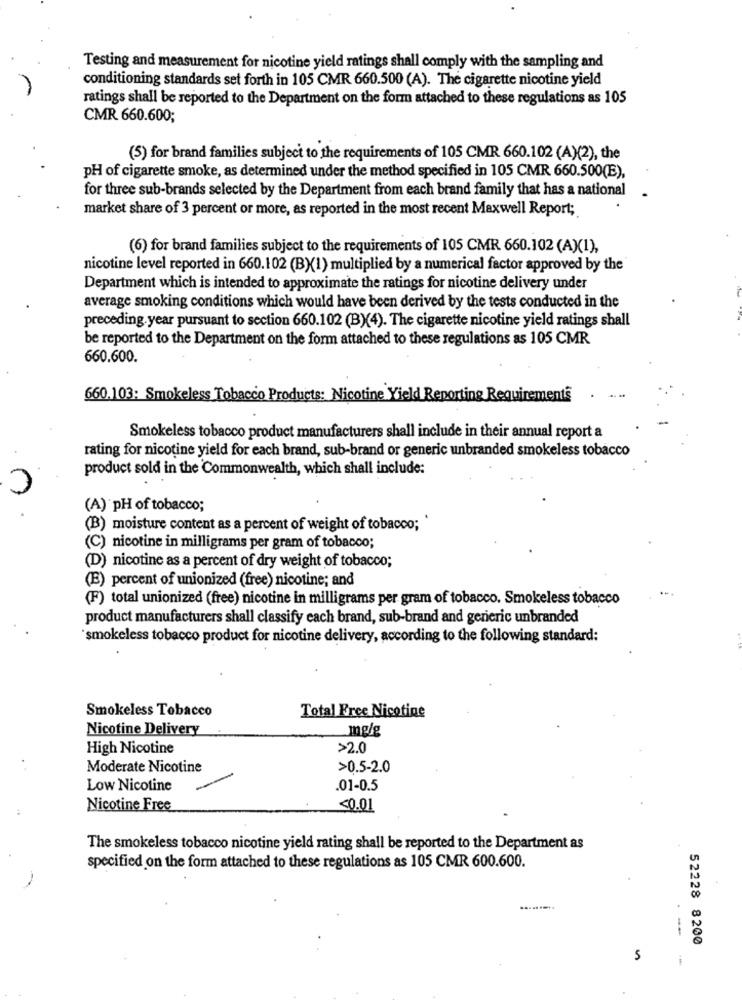
Testing and measurement for nicotine yield ratings shall comply with the sampling and
conditioning standards set forth in 105 CMR 660.500 (A). The cigarette nicotine yield
ratings shall be reported to the Department on the form attached to these regulations as 105
CMR 660.600;
(5) for brand families subject to the requirements of 105 CMR 660.102 (A)(2), the
pH of cigarette smoke, as determined under the method specified in 105 CMR 660.500(E),
for three sub-brands selected by the Department from each brand family that has a national
market share of 3 percent or more, as reported in the most recent Maxwell Report;
(6) for brand families subject to the requirements of 105 CMR 660.102 (A)(1),
nicotine level reported in 660.102 (BX(1) multiplied by a numerical factor approved by the
Department which is intended to approximate the ratings for nicotine delivery under
average smoking conditions which would have been derived by the tests conducted in the
preceding.year pursuant to section 660.102 (B)(4). The cigarette nicotine yield ratings shall
be reported to the Department on the form attached to these regulations as 105 CMR
660.600.
660.103: Smokeless Tobacco Products: Nicotine Yield Reporting Requirements
Smokeless tobacco product manufacturers shall include in their annual report a
rating for nicotine yield for each brand, sub-brand or generic unbranded smokeless tobacco
product sold in the Commonwealth, which shall include:
(A) pH of tobacco;
(B) moisture content as a percent of weight of tobacco; *
(C) nicotine in milligrams per gram of tobacco;
(D) nicotine as a percent of dry weight of tobacco;
(E) percent of unionized (free) nicotine; and
(F) total unionized (free) nicotine in milligrams per gram of tobacco. Smokeless tobacco
product manufacturers shall classify each brand, sub-brand and generic unbranded
*smokeless tobacco product for nicotine delivery, according to the following standard:
Smokeless Tobacco
Total Free Nicotine
Nicotine Delivery
mg/g
High Nicotine
>2.0
Moderate Nicotine
>0.5-2.0
Low Nicotine
.01-0.5
Nicotine Free
<0.01
The smokeless tobacco nicotine yield rating shall be reported to the Department as
specified on the form attached to these regulations as 105 CMR 600.600.
---
52228 8200
5
i